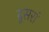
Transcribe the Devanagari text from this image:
दूसरां